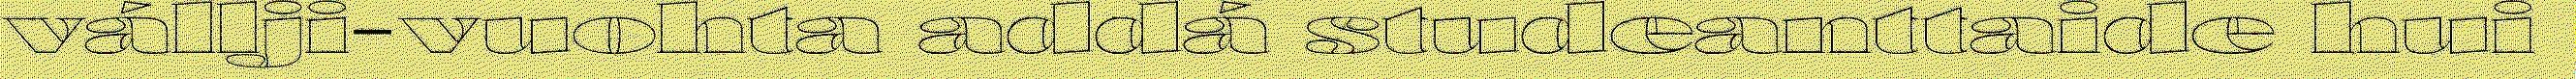
vállji-vuohta addá studeanttaide hui